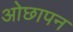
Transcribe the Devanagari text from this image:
ओछापन